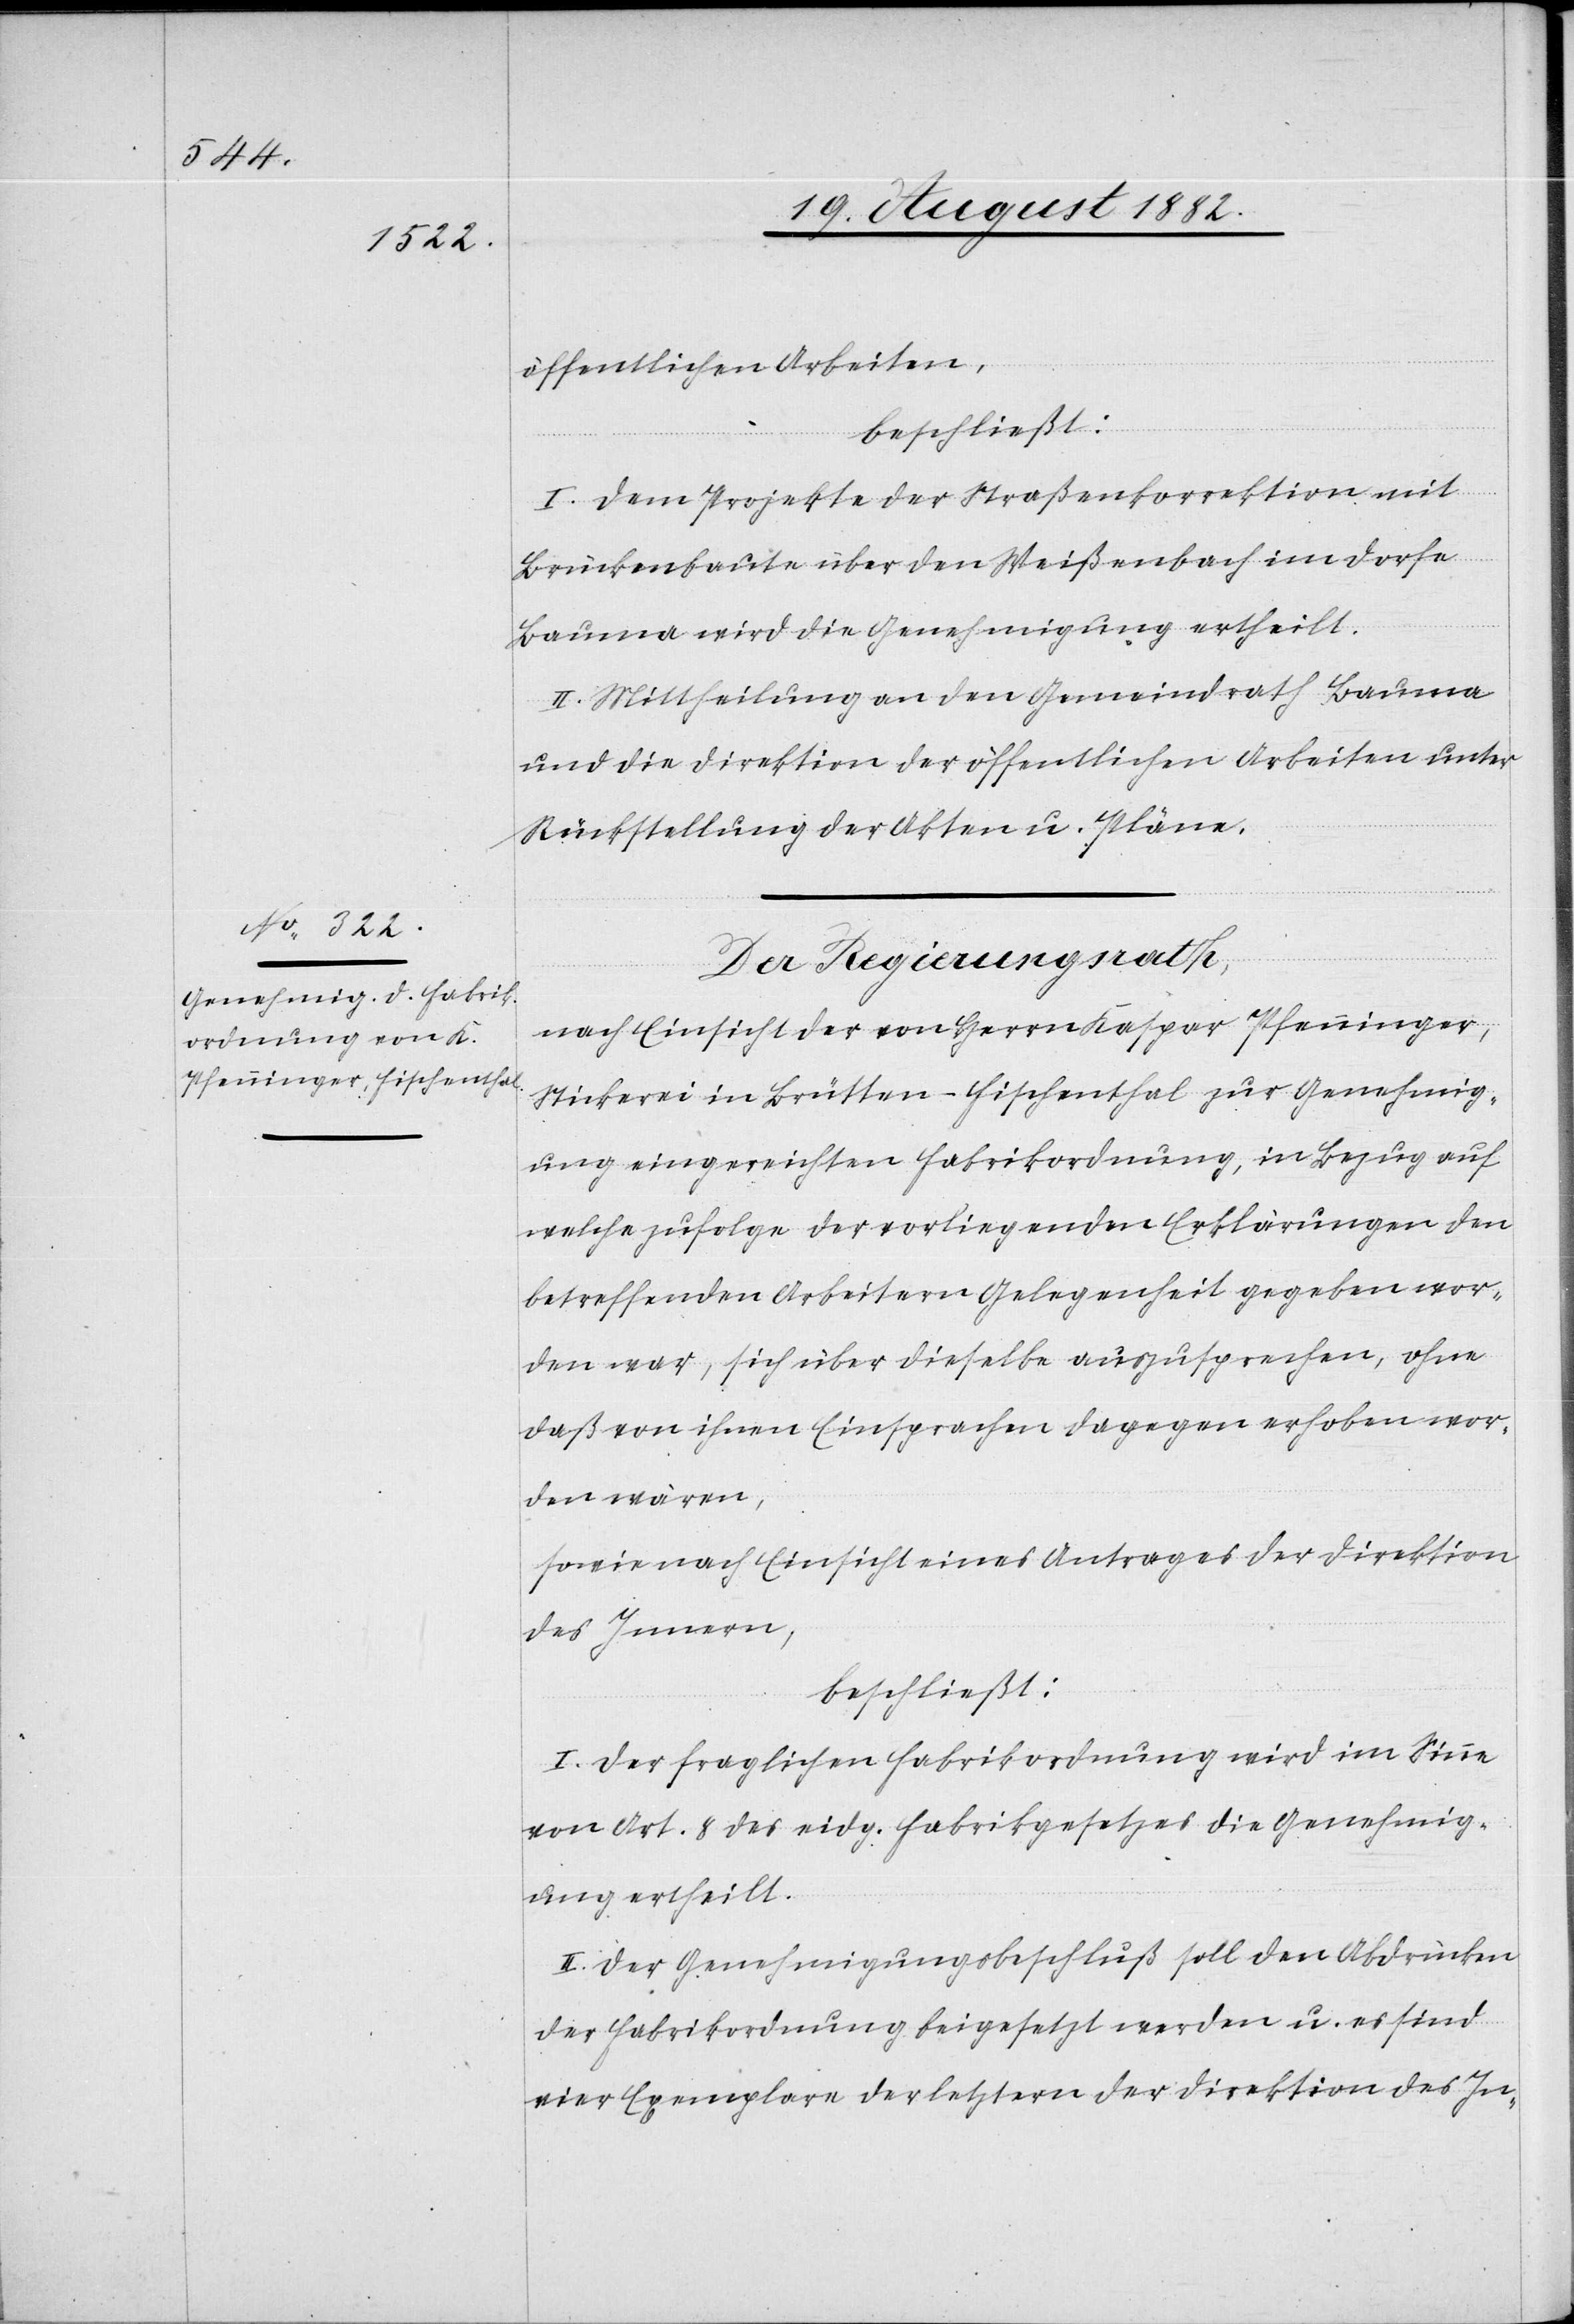
öffentlichen Arbeiten,
beschließt:
I. Dem Projekte der Straßenkorrektion mit
Brückenbaute über den Weißenbach im Dorfe
Bauma wird die Genehmigung ertheilt.
II. Mittheilung an den Gemeindrath Bauma
und die Direktion der öffentlichen Arbeiten unter
Rückstellung der Akten u. Pläne.
Der Regierungsrath,
nach Einsicht der von Herrn Kaspar Pfenninger,
Stickerei in Brütten - Fischenthal zur Genehmig¬
ung eingereichten Fabrikordnung, in Bezug auf
welche zufolge der vorliegenden Erklärungen den
betreffenden Arbeitern Gelegenheit gegeben wor¬
den war, sich über dieselbe auszusprechen, ohne
daß von ihnen Einsprachen dagegen erhoben wor¬
den wären,
sowie nach Einsicht eines Antrages der Direktion
des Innern,
beschließt:
I. Der fraglichen Fabrikordnung wird im Sinne
von Art. 8 des eidg. Fabrikgesetzes die Genehmig¬
ung ertheilt.
II: Der Genehmigungsbeschluß soll den Abdrücken
der Fabrikordnung beigesetzt werden u. es sind
vier Exemplare der letztern der Direktion des In-